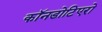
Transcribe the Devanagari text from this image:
कॉनडोटिएरो